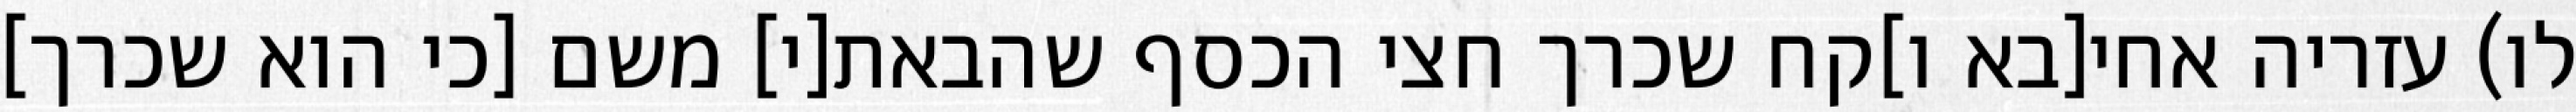
לו) עזריה אחי[בא ו]קח שכרך חצי הכסף שהבאת[י] משם [כי הוא שכרך]